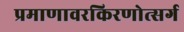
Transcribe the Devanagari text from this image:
प्रमाणावरकिरणोत्सर्ग